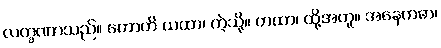
လက္ခဏာသည်။ ဟောတိ ယထာ၊ ကဲ့သို့။ တထာ၊ ထို့အတူ။ အနေကဓာ၊